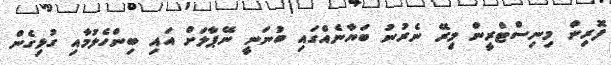
ފޮރިން މިނިސްޓްރީން މިރޭ ނެރުނު ބަޔާނެއްގައި ބުނަނީ ނޭޕާލަށް އައި ބިންހެލުމާއި ގުޅިގެން